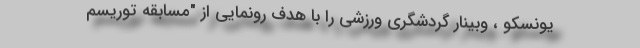
یونسکو ، وبینار گردشگری ورزشی را با هدف رونمایی از "مسابقه توریسم